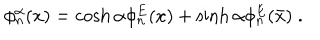
LaTeX: \phi _ { n } ^ { \alpha } ( x ) = \cosh \alpha \phi _ { n } ^ { E } ( x ) + \sinh \alpha \phi _ { n } ^ { E } ( \bar { x } ) \; .